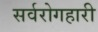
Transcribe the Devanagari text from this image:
सर्वरोगहारी